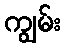
ကျွမ်း